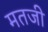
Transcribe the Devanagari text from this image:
मतजी